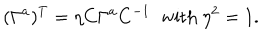
LaTeX: ( \Gamma ^ { a } ) ^ { T } = \eta C \Gamma ^ { a } C ^ { - 1 } \; \; \mathrm { w i t h } \ \eta ^ { 2 } = 1 .